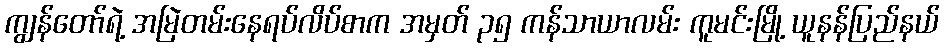
ကျွန်တော်ရဲ့ အမြဲတမ်းနေရပ်လိပ်စာက အမှတ် ၃၅ ကန်သာယာလမ်း ကူမင်းမြို့ ယူနန်ပြည်နယ်